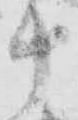
十